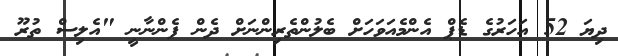
ދިޔަ 52 އަހަރުގެ ޑެޕް އެންމެއަވަހަށް ބެލުންތެރިންނަށް ދެން ފެންނާނީ "އެލިސް ތުރޫ